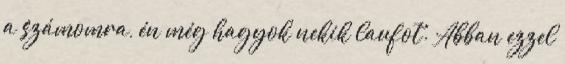
a számomra, én még hagyok nekik laufot. Abban ezzel